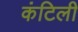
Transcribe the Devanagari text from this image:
कंटिली